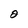
Character: 2